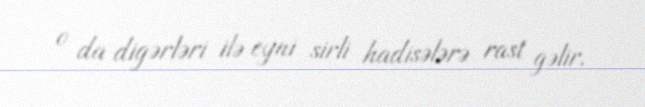
o da digərləri ilə eyni sirli hadisələrə rast gəlir.